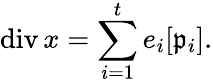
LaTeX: \operatorname{div}x=\sum_{i=1}^{t}e_{i}[{\mathfrak{p}}_{i}].